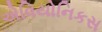
એવિયોનિકસ